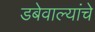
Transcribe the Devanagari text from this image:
डबेवाल्यांचे